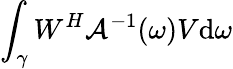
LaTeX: \int_{\gamma}W^{H}\mathcal{A}^{-1}(\omega)V\mathrm{d}\omega